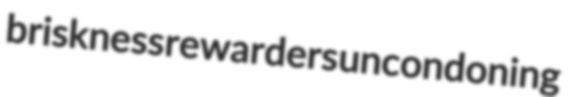
briskness rewarders uncondoning